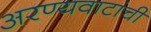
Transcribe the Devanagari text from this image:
अरण्यवाटांची